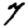
Digit: 7